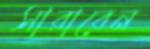
সারাবেন